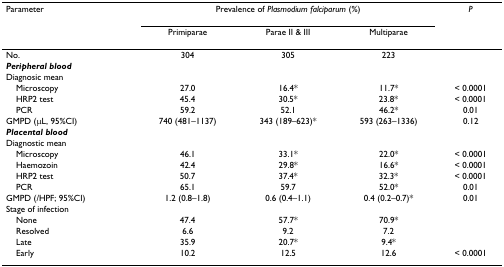
| Parameter | <COLSPAN=3> Prevalence of Plasmodium falciparum (%) | P |
 |  | Primiparae | Parae II & III | Multiparae |  |
 | --- | --- | --- | --- | --- |
 | No. | 304 | 305 | 223 |  |
 | Peripheral blood |  |  |  |  |
 | Diagnosic mean |  |  |  |  |
 | Microscopy | 27.0 | 16.4* | 11.7* | < 0.0001 |
 | HRP2 test | 45.4 | 30.5* | 23.8* | < 0.0001 |
 | PCR | 59.2 | 52.1 | 46.2* | 0.01 |
 | GMPD (μL, 95%CI) | 740 (481–1137) | 343 (189–623)* | 593 (263–1336) | 0.12 |
 | Placental blood |  |  |  |  |
 | Diagnostic mean |  |  |  |  |
 | Microscopy | 46.1 | 33.1* | 22.0* | < 0.0001 |
 | Haemozoin | 42.4 | 29.8* | 16.6* | < 0.0001 |
 | HRP2 test | 50.7 | 37.4* | 32.3* | < 0.0001 |
 | PCR | 65.1 | 59.7 | 52.0* | 0.01 |
 | GMPD (/HPF; 95%CI) | 1.2 (0.8–1.8) | 0.6 (0.4–1.1) | 0.4 (0.2–0.7)* | 0.01 |
 | Stage of infection |  |  |  |  |
 | None | 47.4 | 57.7* | 70.9* |  |
 | Resolved | 6.6 | 9.2 | 7.2 |  |
 | Late | 35.9 | 20.7* | 9.4* |  |
 | Early | 10.2 | 12.5 | 12.6 | < 0.0001 |